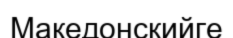
Македонскийге